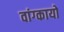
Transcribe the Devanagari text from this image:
वांग्कायो